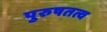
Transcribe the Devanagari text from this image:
पुरुषतत्व